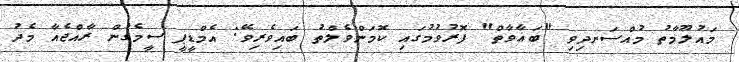
މައުލޫމާތު މުއްސަނދިވި "ބަޣާވާތް" ފޮރުވުމުގައި ކޮމަންވެލްތު ބައިވެރިވޭ: އެމްޑީޕީ ސީމެގުން ރާއްޖެއާ މެދު